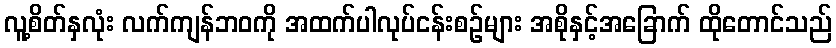
လူ့စိတ်နှလုံး လက်ကျန်ဘဝကို အထက်ပါလုပ်ငန်းစဉ်များ အစိုနှင့်အခြောက် ထိုတောင်သည်